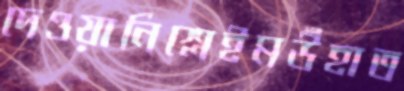
দেওয়ানিশ্লেইমউঁহাত